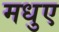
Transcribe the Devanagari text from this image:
मधुए